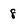
Character: 8